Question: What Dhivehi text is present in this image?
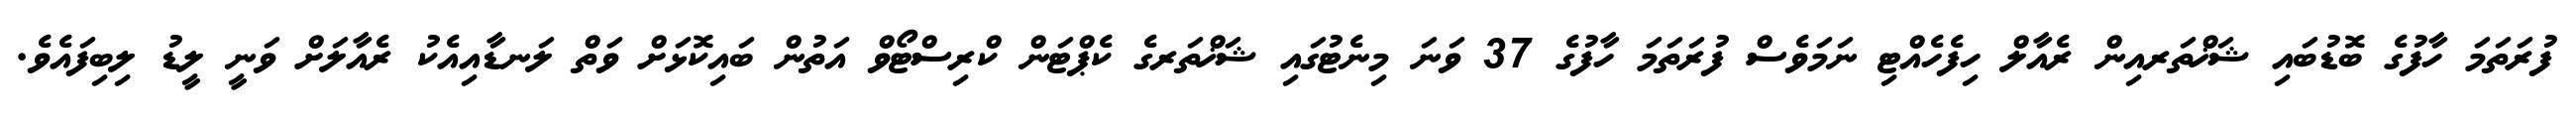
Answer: ފުރަތަމަ ހާފުގެ ބޮޑުބައި ޝަޚްތަރއިން ރެއާލް ހިފެހެއްޓި ނަމަވެސް ފުރަތަމަ ހާފުގެ 37 ވަނަ މިނެޓުގައި ޝަޚްތަރގެ ކެޕްޓަން ކްރިސްޓޯވް އަތުން ބައިކޮޅަށް ވަތް ލަނޑާއިއެކު ރެއާލަށް ވަނީ ލީޑު ލިބިފައެވެ.